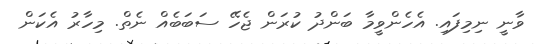
ވާނީ ނިމިފައި. އެހެންވީމާ ބަންދު ކުރަން ޖެހޭ ސަބަބެއް ނެތް. މިހާރު އެކަން